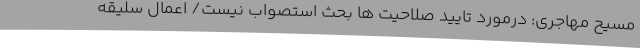
مسیح مهاجری: درمورد تایید صلاحیت ها بحث استصواب نیست/ اعمال سلیقه